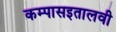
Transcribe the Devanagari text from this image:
कम्पासइतालवी